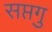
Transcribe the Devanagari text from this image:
सप्तगु